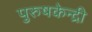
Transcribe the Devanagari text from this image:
पुरुषकेन्द्री